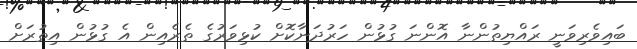
ބައިވެރިވަނީ ރައްޔިތުންނާ އޮންނަ ގުޅުން ހަރުދަނާކޮށް ކުޅިވަރުގެ ތެރެއިން އެ ގުޅުން އިތުރަށް